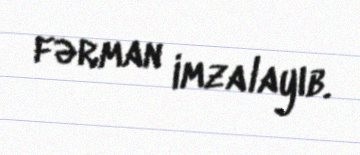
fərman imzalayıb.